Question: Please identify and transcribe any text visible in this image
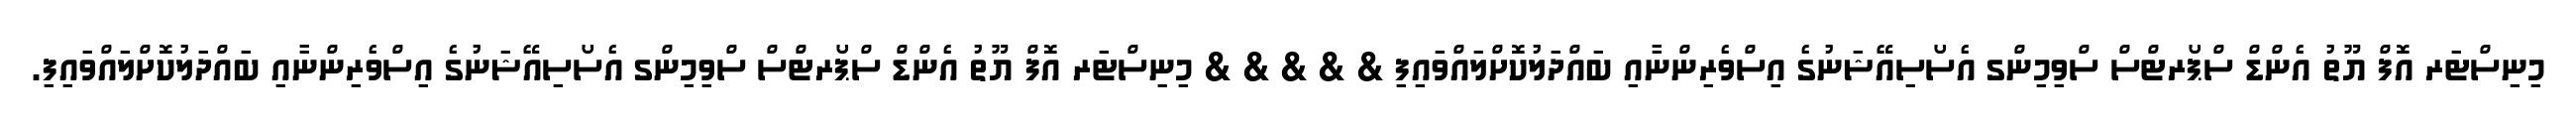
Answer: މިނިސްޓަރ އޮފް ޔޫތު އެންޑް ސްޕޯރޓްސް ސްވިމިންގ އެސޯސިއޭޝަނުގެ އިސްވެރިންނާއި ބައްދަލުކޮށްލައްވައިފި & & & & & މިނިސްޓަރ އޮފް ޔޫތު އެންޑް ސްޕޯރޓްސް ސްވިމިންގ އެސޯސިއޭޝަނުގެ އިސްވެރިންނާއި ބައްދަލުކޮށްލައްވައިފި.